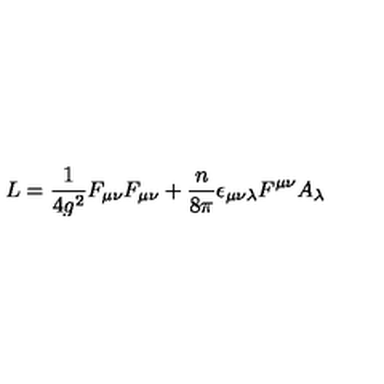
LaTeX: L = \frac { 1 } { 4 g ^ { 2 } } F _ { \mu \nu } F _ { \mu \nu } + \frac { n } { 8 \pi } \epsilon _ { \mu \nu \lambda } F ^ { \mu \nu } A _ { \lambda }